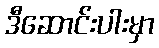
ဒီဆောင်းပါးမှာ